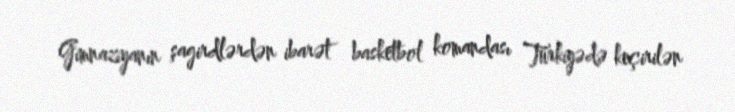
Gimnaziyanın şagirdlərdən ibarət basketbol komandası Türkiyədə keçirilən